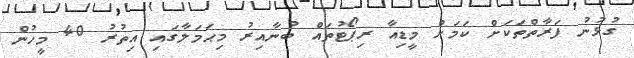
ގުޅުނު ފަރާތްތަކަށް ކަމަށް މީޑިއާ ރިޕޯޓުތައް ބުނާއިރު މިޙަމަލާގައި އިތުރު 40 މީހުން